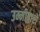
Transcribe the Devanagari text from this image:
उम्मीद्वारों